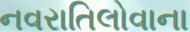
નવરાતિલોવાના